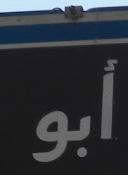
أبو